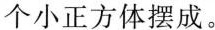
个小正方体摆成。